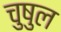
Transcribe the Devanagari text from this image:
चुषुल